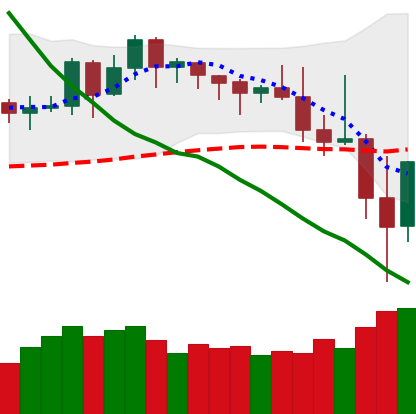
Ticker: DOGE-USD
Chart end date: 2019-11-23
Forward return: -7.665%
Label: down_7plus